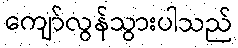
ကျော်လွန်သွားပါသည်